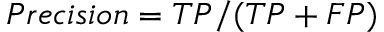
P r e c i s i o n = T P / ( T P + F P )